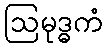
ဩမုဒ္ဓကံ